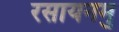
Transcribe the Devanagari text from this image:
रसायनमु